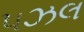
પઝલ